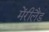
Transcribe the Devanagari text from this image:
मेंरीलैंड